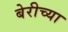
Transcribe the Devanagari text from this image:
बेरीच्या